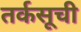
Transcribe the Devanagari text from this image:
तर्कसूची